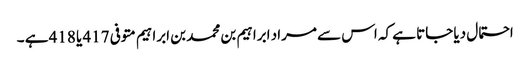
احتمال دیا جاتا ہے کہ اس سے مراد ابراہیم بن محمد بن ابراہیم متوفی 417 یا 418 ہے ۔